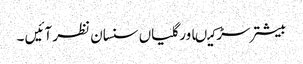
بیشتر سڑکیںاور گلیاں سنسان نظر آئیں ۔